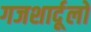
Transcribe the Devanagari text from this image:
गजशार्दूलों